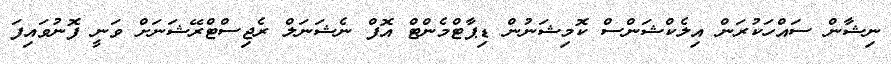
ނިޝާން ސައްހަކުރަން އިލެކްޝަންސް ކޮމިޝަނުން ޑިޕާޓްމެންޓް އޮފް ނެޝަނަލް ރެޖިސްޓްރޭޝަނަށް ވަނީ ފޮނުވައިފަ